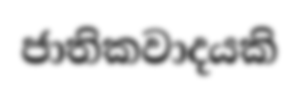
ජාතිකවාදයකි